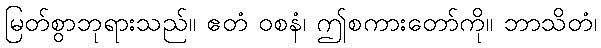
မြတ်စွာဘုရားသည်။ ဧတံ ဝစနံ၊ ဤစကားတော်ကို။ ဘာသိတံ၊